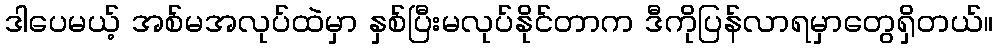
ဒါပေမယ့် အစ်မအလုပ်ထဲမှာ နှစ်ပြီးမလုပ်နိုင်တာက ဒီကိုပြန်လာရမှာတွေရှိတယ်။